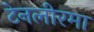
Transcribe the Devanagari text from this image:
टेनलीरमा